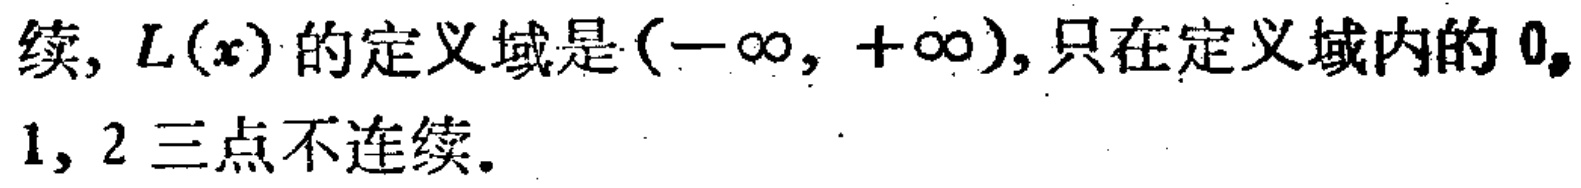
续, \(L(x)\)的定义域是\((-\infty, +\infty)\),只在定义域内的\(0,\)
\(1,2\)三点不连续.